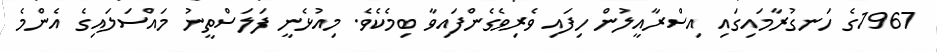
1967ގެ ހަނގުރާމައިގައި އިސްރާއީލުން ހިފައި ވެރިވެގެންފައިވާ ބިމެކެވެ. މިއުޅެނީ ފަލަސްތީނު މައްސަލައިގެ އެންމެ